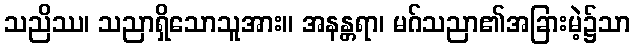
သညိဿ၊ သညာရှိသောသူအား။ အနန္တရာ၊ မဂ်သညာ၏အခြားမဲ့၌သာ